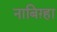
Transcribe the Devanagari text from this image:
नाबिग़्हा